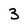
Character: 3